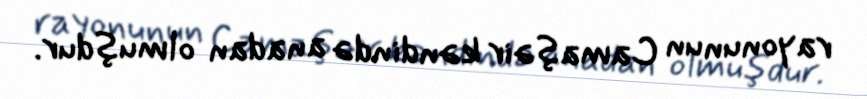
rayonunun Camaşəir kəndində anadan olmuşdur.